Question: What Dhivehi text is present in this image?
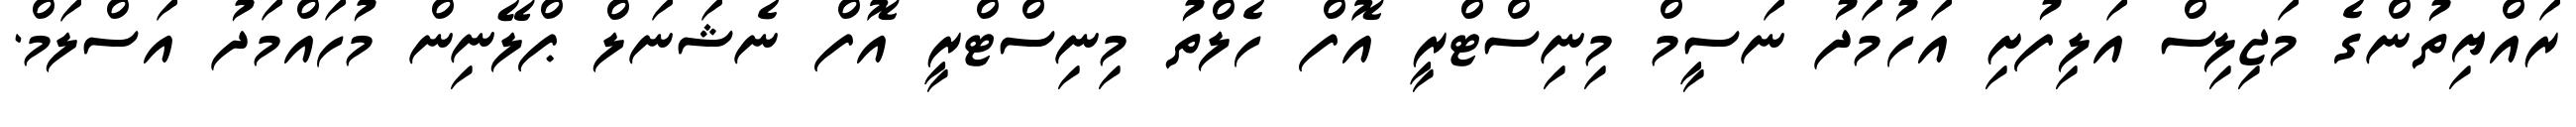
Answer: ރައްޔިތުންގެ މަޖިލިސް އަލިފުށި އަހުމަދު ނަސީމް މިނިސްޓްރީ އޮފް ހެލްތު މިނިސްޓްރީ އޮފް ނެޝަނަލް ޕްލޭނިން މުހައްމަދު އަސްލަމް.